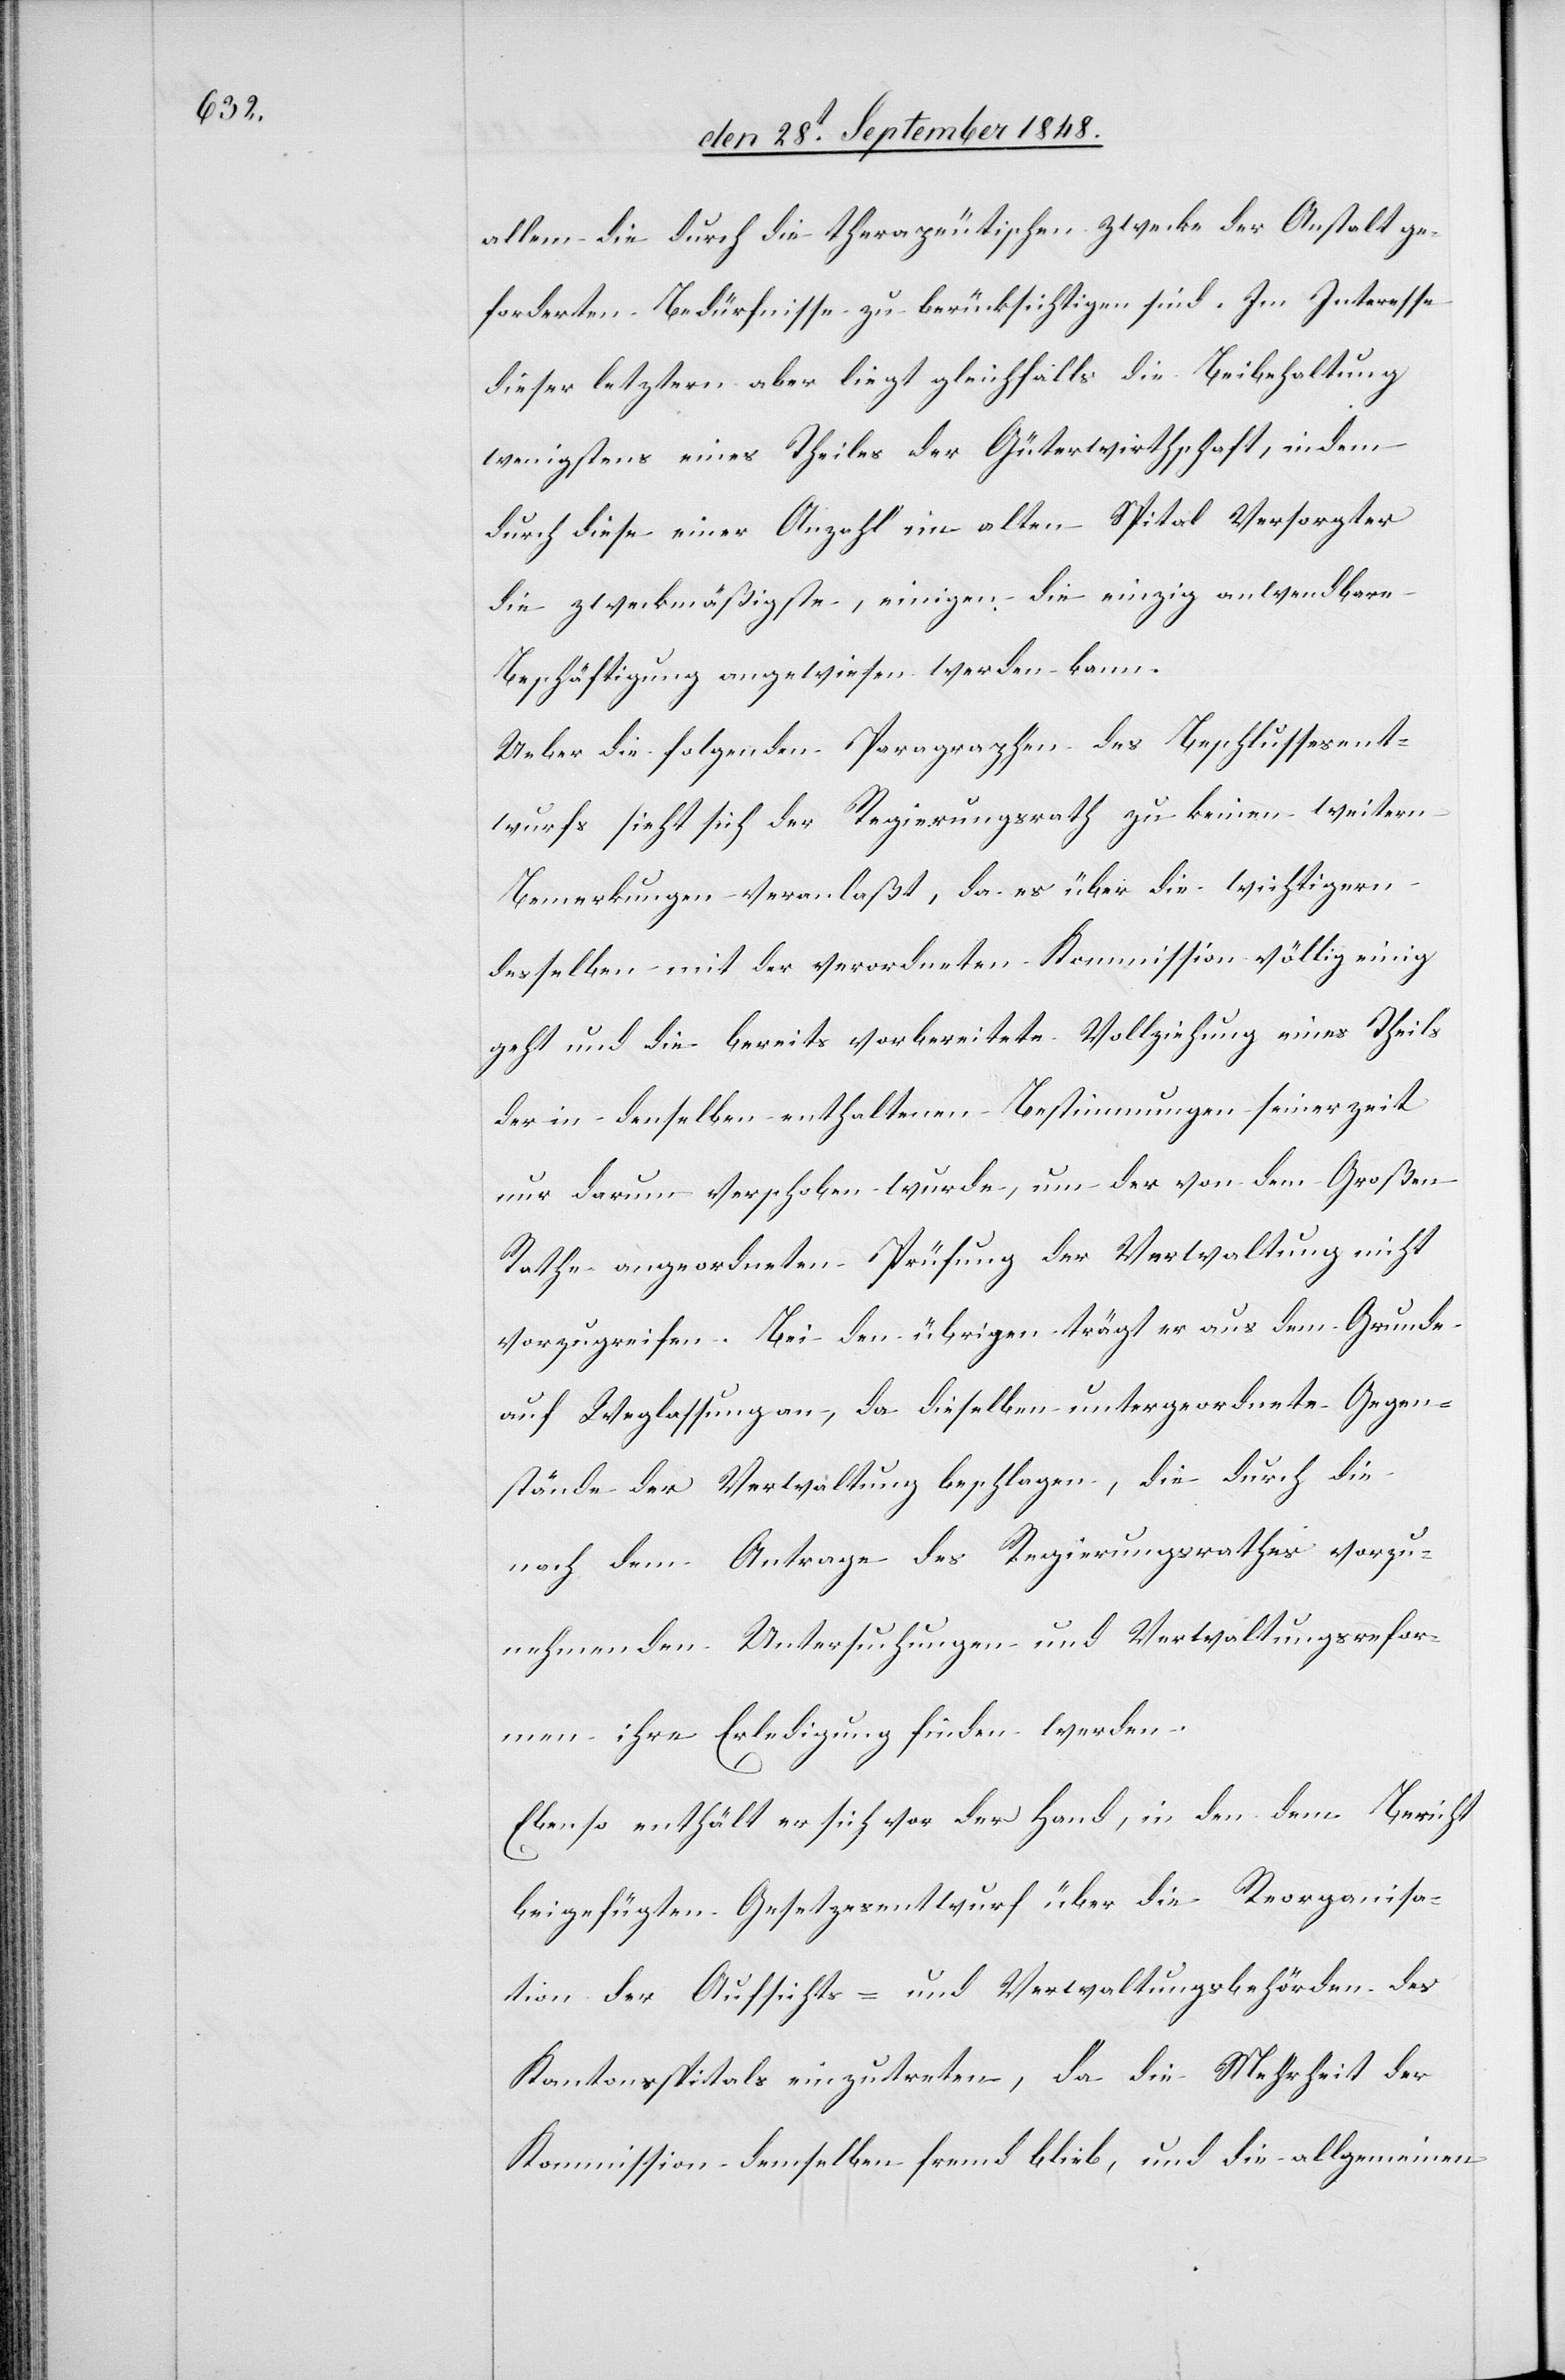
allem die durch die therapeutischen Zwecke der Anstalt ge¬
forderten Bedürfnisse zu berücksichtigen sind. Im Interesse
dieser letztern aber liegt gleichfalls die Beibehaltung
wenigstens eines Theiles der Güterwirthschaft, indem
durch diese einer Anzahl im allen Spital Versorgter
die zweckmäßigste, einigen die einzig anwendbare
Beschäftigung angewiesen werden kann.
Ueber die folgenden Paragraphen des Beschlussesent¬
wurfs sieht sich der Regierungsrath zu keinen weitern
Bemerkungen veranlaßt, da er über die wichtigern
desselben mit der verordneten Kommission völlig einig
geht und die bereits vorbereitete Vollziehung eines Theils
der in denselben enthaltenen Bestimmungen seinerzeit
nur darum verschoben wurde, um der von dem Großen
Rathe angeordneten Prüfung der Verwaltung nicht
vorzupreisen. Bei den übrigen trägt er aus dem Grunde
auf Weglassung an, da dieselben untergeordnete Gegen¬
stände der Verwaltung beschlagen, die durch die
nach dem Antrage des Regierungsrathes vorzu¬
nehmenden Untersuchungen und Verwaltungsrefor¬
men ihre Erledigung finden werden.
Ebenso enthält er sich vor der Hand, in den dem Bericht
beigefügten Gesetzesentwurf über die Reorganisa¬
tion der Aufsichts- und Verwaltungsbehörden des
Kantonsspitals einzutreten, da die Mehrheit der
Kommission demselben fremd blieb, und die allgemeinen